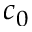
c _ { 0 }